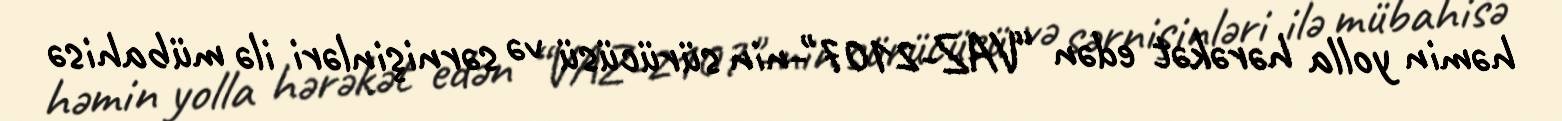
həmin yolla hərəkət edən “VAZ-2107"-nin sürücüsü və sərnişinləri ilə mübahisə